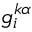
g _ { i } ^ { k \alpha }